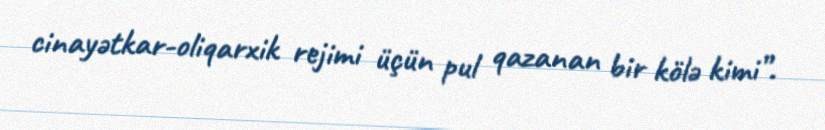
cinayətkar-oliqarxik rejimi üçün pul qazanan bir kölə kimi”.